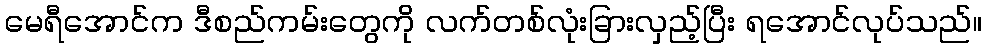
မေရီအောင်က ဒီစည်ကမ်းတွေကို လက်တစ်လုံးခြားလှည့်ပြီး ရအောင်လုပ်သည်။